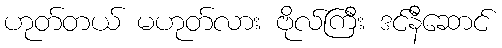
ဟုတ်တယ် မဟုတ်လား ဗိုလ်ကြီး ဒင်နီဆောင်